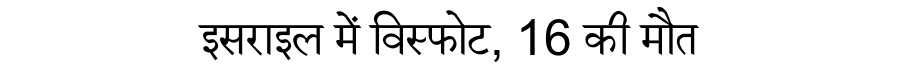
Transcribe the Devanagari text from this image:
इसराइल में विस्फोट, 16 की मौत